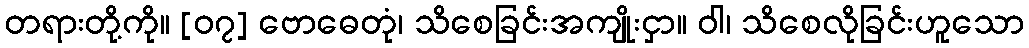
တရားတို့ကို။ [၀၇] ဗောဓေတုံ၊ သိစေခြင်းအကျိုးငှာ။ ဝါ၊ သိစေလိုခြင်းဟူသော